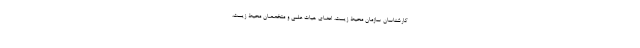
کارشناسان سازمان محیط زیست، اعضای هیات علمی و متخصصان محیط زیست،